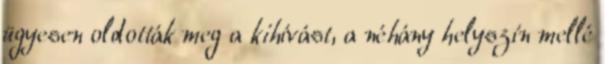
ügyesen oldották meg a kihívást, a néhány helyszín mellé